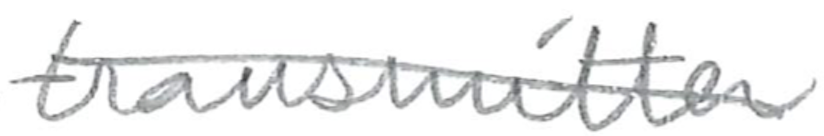
Text: transmitter
Cross-out: mix
Writing tool: pencil